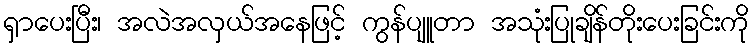
ရှာပေးပြီး၊ အလဲအလှယ်အနေဖြင့် ကွန်ပျူတာ အသုံးပြုချိန်တိုးပေးခြင်းကို